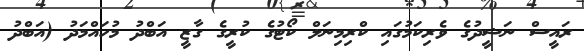
ރައީސް ނަޝީދުގެ ވެރިކަމުގައި ކްރިމިނަލް ކޯޓުގެ ކުރީގެ ގާޒީ އަބްދު މުހައްމަދު (އަބްދު